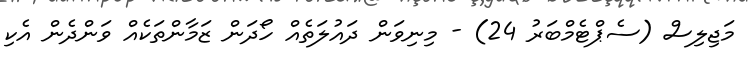
މަޖިލިސް (ސެޕްޓެމްބަރު 24) - މިނިވަން ދައުލަތެއް ހޯދަން ޒަމާންތަކެއް ވަންދެން އެކި